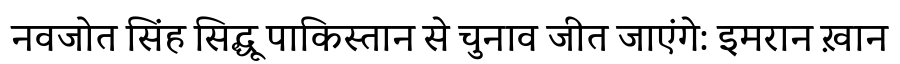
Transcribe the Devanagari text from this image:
नवजोत सिंह सिद्धू पाकिस्तान से चुनाव जीत जाएंगे: इमरान ख़ान